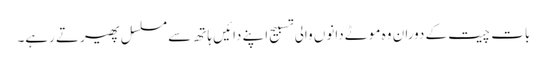
بات چیت کے دوران وہ موٹے دانوں والی تسبیح اپنے دائیں ہاتھ سے مسلسل پھیرتے رہے۔